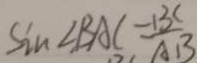
\sin \angle B A C - \frac { B C } { A B }